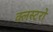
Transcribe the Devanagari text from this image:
क्लस्टरो